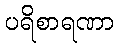
ပရိစာရဏာ